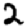
Digit: 2